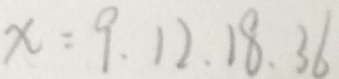
x = 9 . 1 2 . 1 8 . 3 6